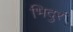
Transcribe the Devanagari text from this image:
भिदुर